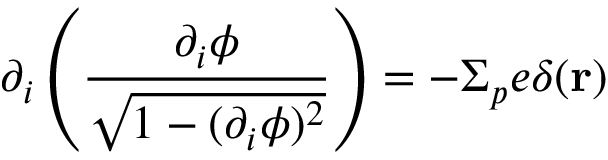
\partial _ { i } \left( \frac { \partial _ { i } \phi } { \sqrt { 1 - ( \partial _ { i } \phi ) ^ { 2 } } } \right) = - \Sigma _ { p } e \delta ( { \bf r } )